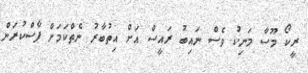
ރީކޯ މޫސާ މަނިކު ވެސް ނައިބު ރައީސް އަށް އިތުބާރު ނެތްކަމަށް ފާސްކުރަން